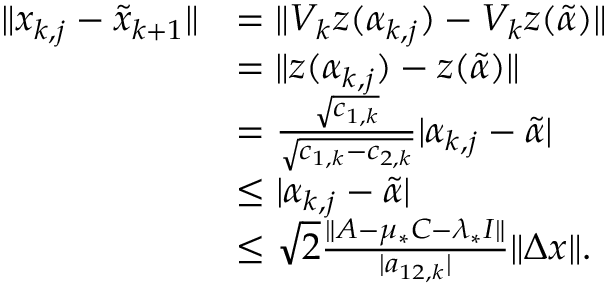
\begin{array} { r l } { \| x _ { k , j } - \widetilde { x } _ { k + 1 } \| } & { = \| V _ { k } z ( \alpha _ { k , j } ) - V _ { k } z ( \widetilde { \alpha } ) \| } \\ & { = \| z ( \alpha _ { k , j } ) - z ( \widetilde { \alpha } ) \| } \\ & { = \frac { \sqrt { c _ { 1 , k } } } { \sqrt { c _ { 1 , k } - c _ { 2 , k } } } | \alpha _ { k , j } - \widetilde { \alpha } | } \\ & { \leq | \alpha _ { k , j } - \widetilde { \alpha } | } \\ & { \leq \sqrt { 2 } \frac { \| A - \mu _ { * } C - \lambda _ { * } I \| } { | a _ { 1 2 , k } | } \| \Delta x \| . } \end{array}